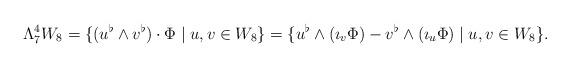
LaTeX: \begin{align*}\Lambda^4_7 W_8 = \{(u^\flat \wedge v^\flat) \cdot \Phi \mid u, v \in W_8\} = \{ u^\flat \wedge (\imath_v \Phi) - v^\flat \wedge (\imath_u \Phi) \mid u, v \in W_8\}.\end{align*}